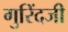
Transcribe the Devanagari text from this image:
गुरिंदजी